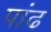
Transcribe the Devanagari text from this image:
पांढ